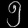
Digit: ၅